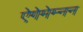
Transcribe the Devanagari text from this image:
ऐगेमेम्नन